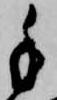
手